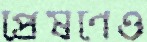
প্রেষণেও